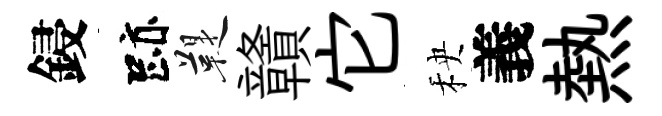
鋟跡鞮贛它秧義熱